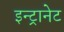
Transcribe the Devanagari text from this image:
इन्ट्रानेट